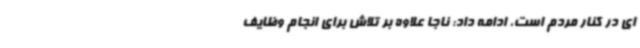
ای در کنار مردم است، ادامه داد: ناجا علاوه بر تلاش برای انجام وظایف